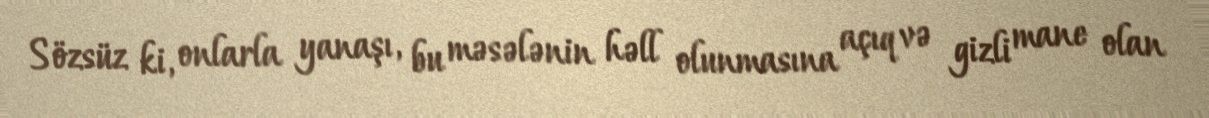
Sözsüz ki, onlarla yanaşı, bu məsələnin həll olunmasına açıq və gizli mane olan